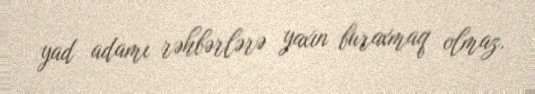
yad adamı rəhbərlərə yaxın buraxmaq olmaz.